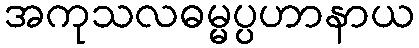
အကုသလဓမ္မပ္ပဟာနာယ